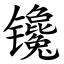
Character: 镵